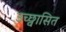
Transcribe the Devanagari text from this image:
उच्छ्वासित